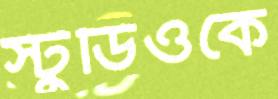
স্টুডিওকে